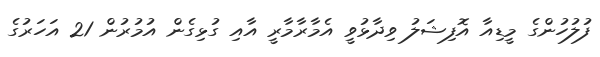
ފުލުހުންގެ މީޑިއާ އޮފިޝަލު ވިދާޅުވީ އެމާރާމާރީ އާއި ގުޅިގެން އުމުރުން 21 އަހަރުގެ